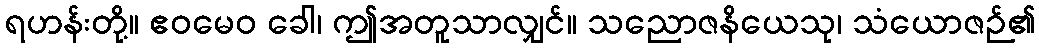
ရဟန်းတို့။ ဧဝမေဝ ခေါ၊ ဤအတူသာလျှင်။ သညောဇနိယေသု၊ သံယောဇဉ်၏